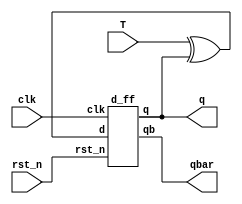
`timescale 1ns / 1ps

module T_by_D(
    output q,qbar,
    input T,rst_n,clk
    );
    wire d;
    assign d = T ^ q;
    d_ff ff_1(q,qbar,d,rst_n,clk);
endmodule

module d_ff(
    output reg q,
    output reg qb,
    input d,
    input rst_n,
    input clk
    );

    always @(posedge clk or negedge rst_n)
        if (!rst_n)
        begin
            q <= 0;
            qb <= 1;
        end
        else
        begin
            q <= d;
            qb <= ~d;
        end
        
    initial q = 0;
endmodule